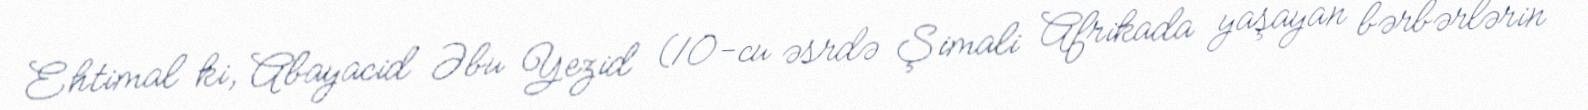
Ehtimal ki, Abayacid Əbu Yezid (10-cu əsrdə Şimali Afrikada yaşayan bərbərlərin